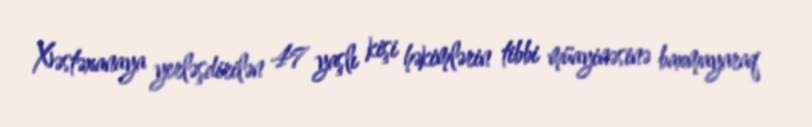
Xəstəxanaya yerləşdirilən 47 yaşlı kişi həkimlərin tibbi müayinəsinə baxmayaraq